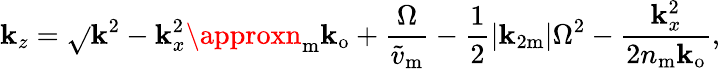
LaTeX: \mathbf{k}_{z}=\sqrt{}{{\mathbf{k}^{2}-\mathbf{k}_{x}^{2}}}\approxn_{\mathrm{{m}}}\mathbf{k}_{\mathrm{{o}}}+\frac{{\Omega}}{{\widetilde{{v}}_{\mathrm{{m}}}}}-\frac{{1}}{{2}}|\mathbf{k}_{2\mathrm{{m}}}|\Omega^{2}-\frac{{\mathbf{k}_{x}^{2}}}{{2n_{\mathrm{{m}}}\mathbf{k}_{\mathrm{{o}}}}},